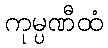
ကုမ္ပဏီထံ